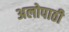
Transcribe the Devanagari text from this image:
अलोपाठी